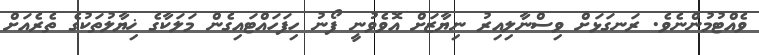
ވެއްޓުމުންނެވެ. ރަނގަޅަށް ވިސްނާލިއިރު ނިޔާޒަށް އޮވެވުނީ ފޯނު ހިފަހައްޓައިގެން މަލަކާގެ ޚިޔާލުތަކުގެ ތެރެއަށް